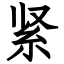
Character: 紧